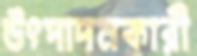
উৎপাদনকারী